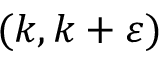
( k , k + \varepsilon )